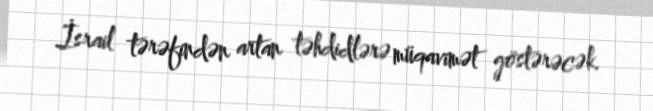
İsrail tərəfindən artan təhdidlərə müqavimət göstərəcək.